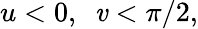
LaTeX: u<0,~~\mathit{v}<\pi/2,